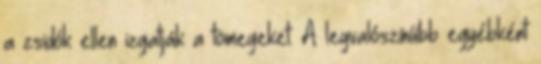
a zsidók ellen izgatják a tömegeket. A legvalószínűbb egyébként